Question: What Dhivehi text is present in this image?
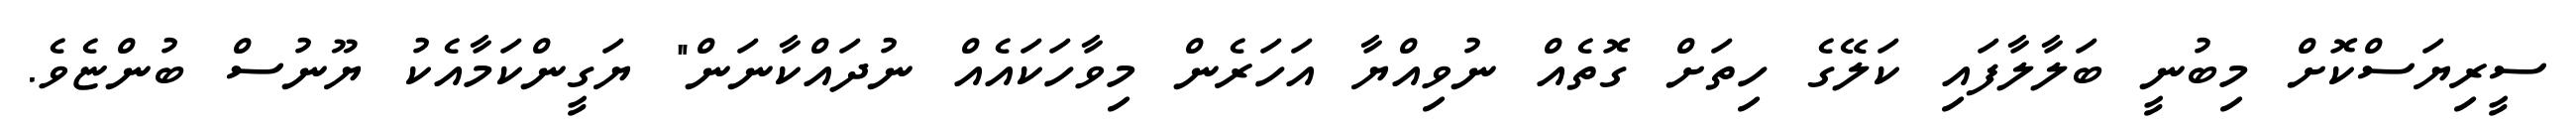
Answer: ސީރިޔަސްކޮށް މިބުނީ ބަލާލާފައި ކަލޭގެ ހިތަށް ގޮތެއް ނުވިއްޔާ އަހަރެން މިވާހަކައެއް ނުދައްކާނަން" ޔަގީންކަމާއެކު ޔޫނުސް ބުންޏެވެ.